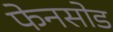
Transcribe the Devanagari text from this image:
फेनसोड